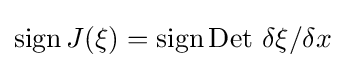
\operatorname {sign} J(\xi )=\operatorname {sign} {\text{Det }}\delta \xi /\delta x